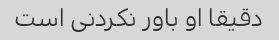
دقیقا او باور نکردنی است